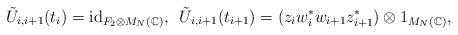
LaTeX: \begin{align*}\tilde{U}_{i,i+1}(t_i)={\rm id}_{F_2\otimes M_N(\mathbb C)},\,\,\, \tilde{U}_{i, i+1}(t_{i+1})=(z_iw_i^*w_{i+1}z^*_{i+1})\otimes 1_{M_N(\mathbb C)},\end{align*}